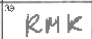
Transcription: RMK